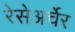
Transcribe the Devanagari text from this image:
रेसेअर्चेर